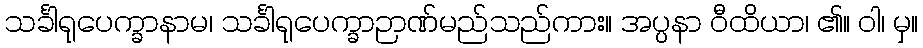
သင်္ခါရုပေက္ခာနာမ၊ သင်္ခါရုပေက္ခာဉာဏ်မည်သည်ကား။ အပ္ပနာ ဝီထိယာ၊ ၏။ ဝါ၊ မှ။